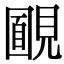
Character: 𧡻